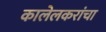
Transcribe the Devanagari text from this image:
कालेलकरांचा